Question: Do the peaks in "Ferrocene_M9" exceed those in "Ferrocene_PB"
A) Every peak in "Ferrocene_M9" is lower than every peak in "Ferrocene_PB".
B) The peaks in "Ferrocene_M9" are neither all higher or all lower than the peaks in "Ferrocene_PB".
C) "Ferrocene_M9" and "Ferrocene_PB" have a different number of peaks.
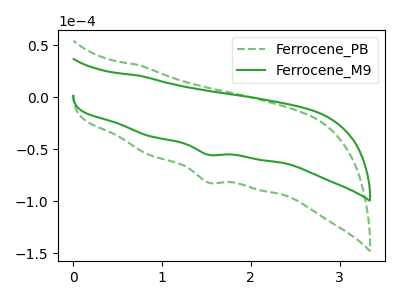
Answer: <think>The green dashed curve "Ferrocene_PB" has a cathodic peak at: (1.50V, -82.20uA). The green curve "Ferrocene_M9" has a cathodic peak at: (1.50V, -55.40uA).</think>
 <answer>A) Every peak in "Ferrocene_M9" is lower than every peak in "Ferrocene_PB".</answer>
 <eval>A</eval>